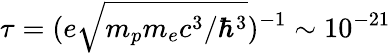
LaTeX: \tau=(e\sqrt{m_{p}m_{e}c^{3}/\hbar^{3}})^{-1}\sim 10^{-21}